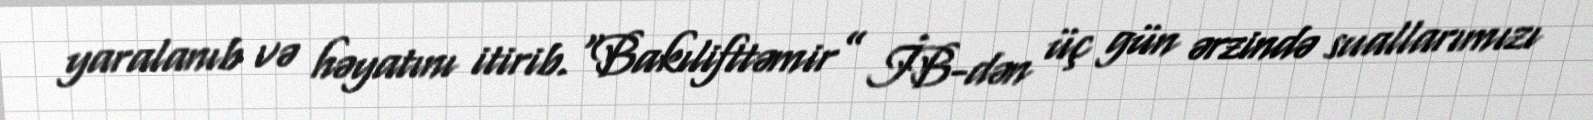
yaralanıb və həyatını itirib.“Bakılifttəmir” İB-dən üç gün ərzində suallarımızı